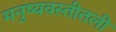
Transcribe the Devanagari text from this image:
मनुष्यवस्तीतली